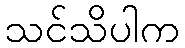
သင်သိပါက